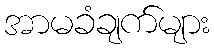
အာမခံချက်များ